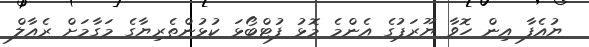
ޔުއެފާ އިން ހޮވާ ޔޫރަޕުގެ އެންމެ މޮޅު ފުޓްބޯޅަ ކުޅުންތެރިޔާގެ މަގާމަށް ރެއާލް